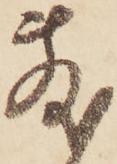
敷